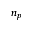
n _ { p }